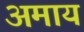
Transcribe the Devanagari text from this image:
अमाय